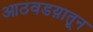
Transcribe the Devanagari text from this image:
आठवडय़ातून